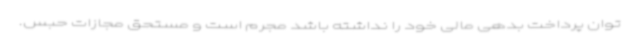
توان پرداخت بدهی مالی خود را نداشته باشد مجرم است و مستحق مجازات حبس.